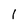
Character: l